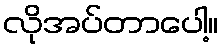
လိုအပ်တာပေါ့။